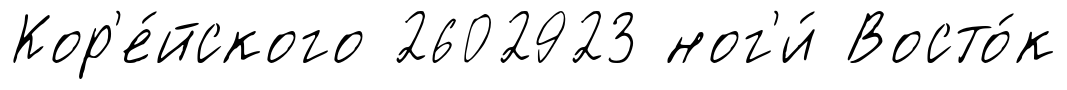
Кор'е́йского 2602923 ног'и́ Восто́к